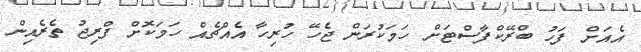
އެއަށް ފަހު ބްރޭކްފާސްޓަށް ހަމަކުރަން ޖެހޭ ހުރިހާ އެއްޗެއް ހަމަކޮށް ފްރިޖު ތެރެއިން